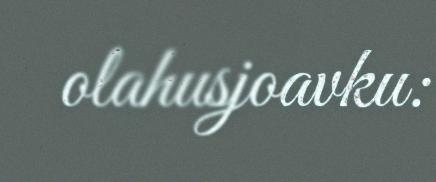
olahusjoavku: